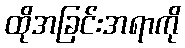
ထိုအခြင်းအရာကို